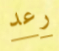
رعد